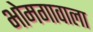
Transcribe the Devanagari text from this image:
भोमगावाला